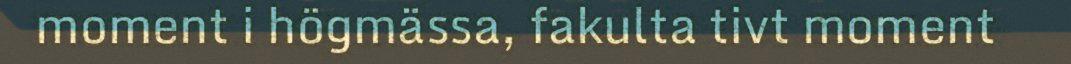
moment i högmässa, fakulta tivt moment